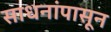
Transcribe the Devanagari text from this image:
साधनांपासून